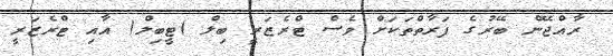
ރާއްޖޭން ބޭރުގެ ފަރާތްތަކަށް ވެސް ޓްރެޒަރީ ބިލް )ޓީބިލް( އާއި ޓްރެޒަރީ